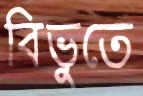
বিভুতে